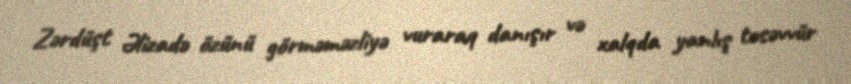
Zərdüşt Əlizadə özünü görməməzliyə vuraraq danışır və xalqda yanlış təsəvvür